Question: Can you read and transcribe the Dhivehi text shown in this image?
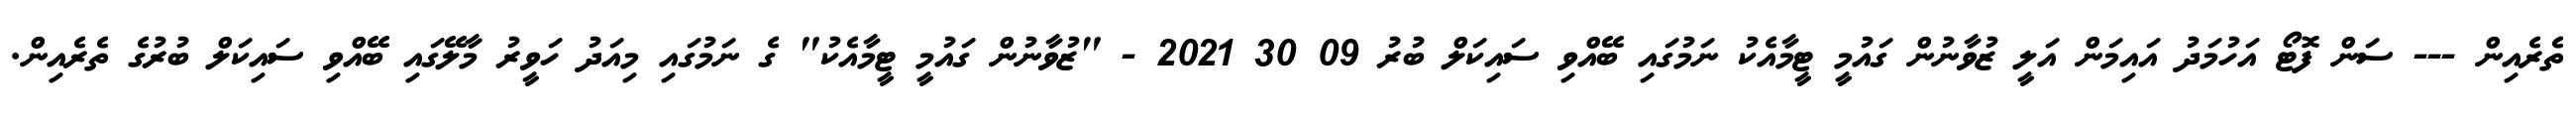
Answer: ތެރެއިން --- ސަން ފޮޓޯ އަހުމަދު އައިމަން އަލީ ޒުވާނުން ގައުމީ ޓީމާއެކު ނަމުގައި ބޭއްވި ސައިކަލް ބުރު 09 30 2021 - "ޒުވާނުން ގައުމީ ޓީމާއެކު" ގެ ނަމުގައި މިއަދު ހަވީރު މާލޭގައި ބޭއްވި ސައިކަލް ބުރުގެ ތެރެއިން.